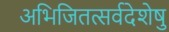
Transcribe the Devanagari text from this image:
अभिजितत्सर्वदेशेषु